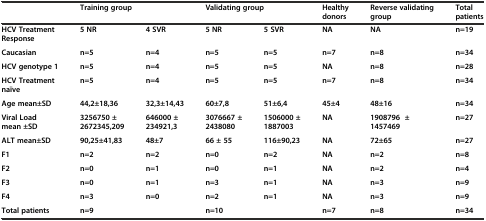
<table><thead><tr><td></td><td colspan="2"><b>Training group</b></td><td colspan="2"><b>Validating group</b></td><td><b>Healthy donors</b></td><td><b>Reverse validating group</b></td><td><b>Total patients</b></td></tr></thead><tbody><tr><td><b>HCV Treatment Response</b></td><td><b>5 NR</b></td><td><b>4 SVR</b></td><td><b>5 NR</b></td><td><b>5 SVR</b></td><td><b>NA</b></td><td><b>NA</b></td><td><b>n=19</b></td></tr><tr><td><b>Caucasian</b></td><td><b>n=5</b></td><td><b>n=4</b></td><td><b>n=5</b></td><td><b>n=5</b></td><td><b>n=7</b></td><td><b>n=8</b></td><td><b>n=34</b></td></tr><tr><td><b>HCV genotype 1</b></td><td><b>n=5</b></td><td><b>n=4</b></td><td><b>n=5</b></td><td><b>n=5</b></td><td><b>NA</b></td><td><b>n=8</b></td><td><b>n=28</b></td></tr><tr><td><b>HCV Treatment naïve</b></td><td><b>n=5</b></td><td><b>n=4</b></td><td><b>n=5</b></td><td><b>n=5</b></td><td><b>n=7</b></td><td><b>n=8</b></td><td><b>n=34</b></td></tr><tr><td><b>Age mean±SD</b></td><td><b>44,2±18,36</b></td><td><b>32,3±14,43</b></td><td><b>60±7,8</b></td><td><b>51±6,4</b></td><td><b>45±4</b></td><td><b>48±16</b></td><td><b>n=34</b></td></tr><tr><td><b>Viral Load mean ±SD</b></td><td><b>3256750 ± 2672345,209</b></td><td><b>646000 ± 234921,3</b></td><td><b>3076667 ± 2438080</b></td><td><b>1506000 ± 1887003</b></td><td><b>NA</b></td><td><b>1908796 ± 1457469</b></td><td><b>n=27</b></td></tr><tr><td><b>ALT mean±SD</b></td><td><b>90,25±41,83</b></td><td><b>48±7</b></td><td><b>66 ± 55</b></td><td><b>116±90,23</b></td><td><b>NA</b></td><td><b>72±65</b></td><td><b>n=27</b></td></tr><tr><td><b>F1</b></td><td><b>n=2</b></td><td><b>n=2</b></td><td><b>n=0</b></td><td><b>n=2</b></td><td><b>NA</b></td><td><b>n=2</b></td><td><b>n=8</b></td></tr><tr><td><b>F2</b></td><td><b>n=0</b></td><td><b>n=1</b></td><td><b>n=0</b></td><td><b>n=1</b></td><td><b>NA</b></td><td><b>n=2</b></td><td><b>n=4</b></td></tr><tr><td><b>F3</b></td><td><b>n=0</b></td><td><b>n=1</b></td><td><b>n=3</b></td><td><b>n=1</b></td><td><b>NA</b></td><td><b>n=3</b></td><td><b>n=9</b></td></tr><tr><td><b>F4</b></td><td><b>n=3</b></td><td><b>n=0</b></td><td><b>n=2</b></td><td><b>n=1</b></td><td><b>NA</b></td><td><b>n=3</b></td><td><b>n=9</b></td></tr><tr><td><b>Total patients</b></td><td colspan="2"><b>n=9</b></td><td colspan="2"><b>n=10</b></td><td><b>n=7</b></td><td><b>n=8</b></td><td><b>n=34</b></td></tr></tbody></table>